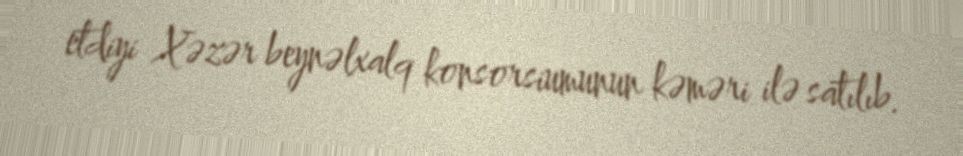
etdiyi Xəzər beynəlxalq konsorsiumunun kəməri ilə satılıb.